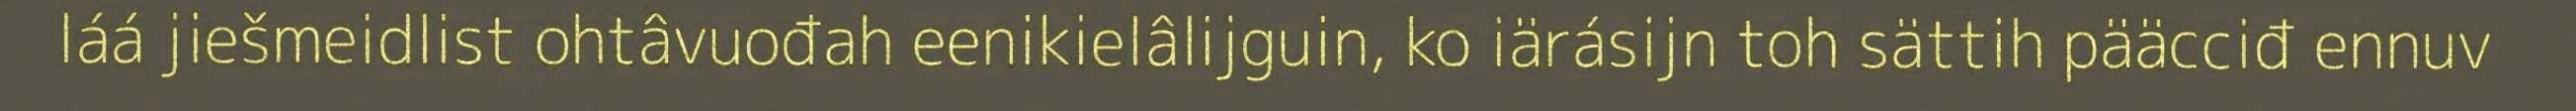
láá jiešmeidlist ohtâvuođah eenikielâlijguin, ko iärásijn toh sättih pääcciđ ennuv